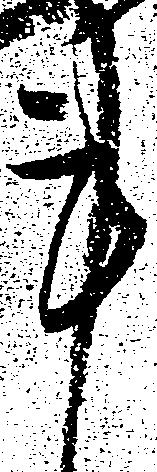
事